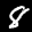
Label: 8